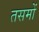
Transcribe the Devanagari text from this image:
तसमों